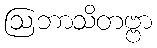
ဩဘာသိတဗ္ဗာ